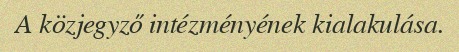
A közjegyző intézményének kialakulása.